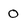
Character: O